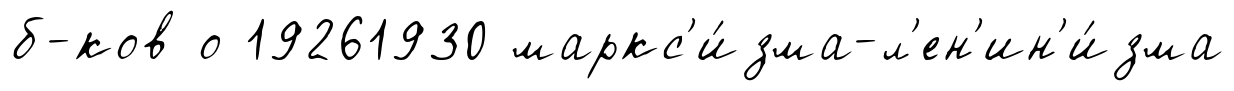
б-ков о 19261930 маркс'и́зма-л'ен'ин'и́зма